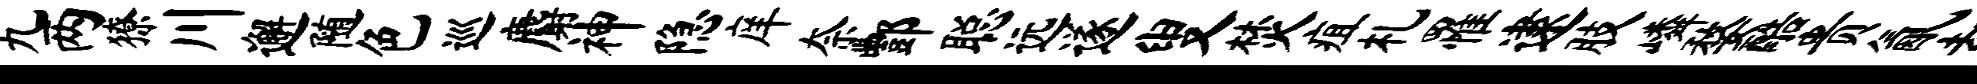
九两獠川邂随色巡麝神隐庠奈酆聪远遂叟焚疽札罹逮肢嶙婺酷贵氤却